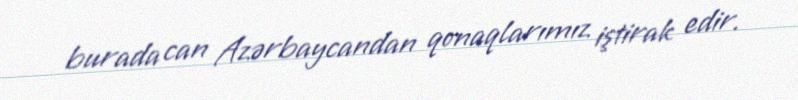
burada can Azərbaycandan qonaqlarımız iştirak edir.